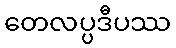
တေလပ္ပဒီပဿ